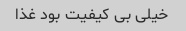
خیلی بی کیفیت بود غذا